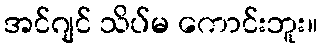
အင်ဂျင် သိပ်မ ကောင်းဘူး။